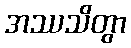
အဿသိတွာ